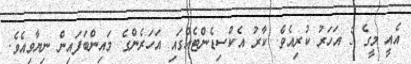
އެއީ މީގެ 5 އަހަރު ކުރިއެވެ. ކާރު އެކްސިޑެންޓެއްގައި އަހަރެންގެ މައިންބަފައިން ނިޔާވިއެވެ.